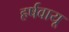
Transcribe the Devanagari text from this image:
हर्षवायू